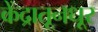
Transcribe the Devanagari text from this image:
केंद्रातूनधूर